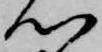
心